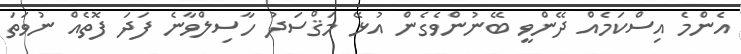
އެންމެ އިސްކަމެއް ދޭންވީ ބޭނުންވެގެން އުޅޭ މަޤްސަދު ހާސިލްވާނެ ފަދަ ފޮތެއް ނުވަތަ